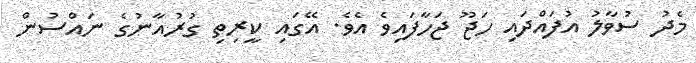
މެދު ސުވާލު އުފައްދައި ހަޖޫ ޖަހާފައިވެ އެވެ. އޭގައި ކީރިތި ގުރުއާނުގެ ނައްސުން